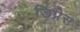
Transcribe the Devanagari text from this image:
डिप्रेस